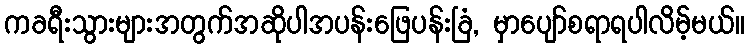
ကခရီးသွားများအတွက်အဆိုပါအပန်းဖြေပန်းခြံ, မှာပျော်စရာရပါလိမ့်မယ်။